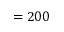
= 2 0 0